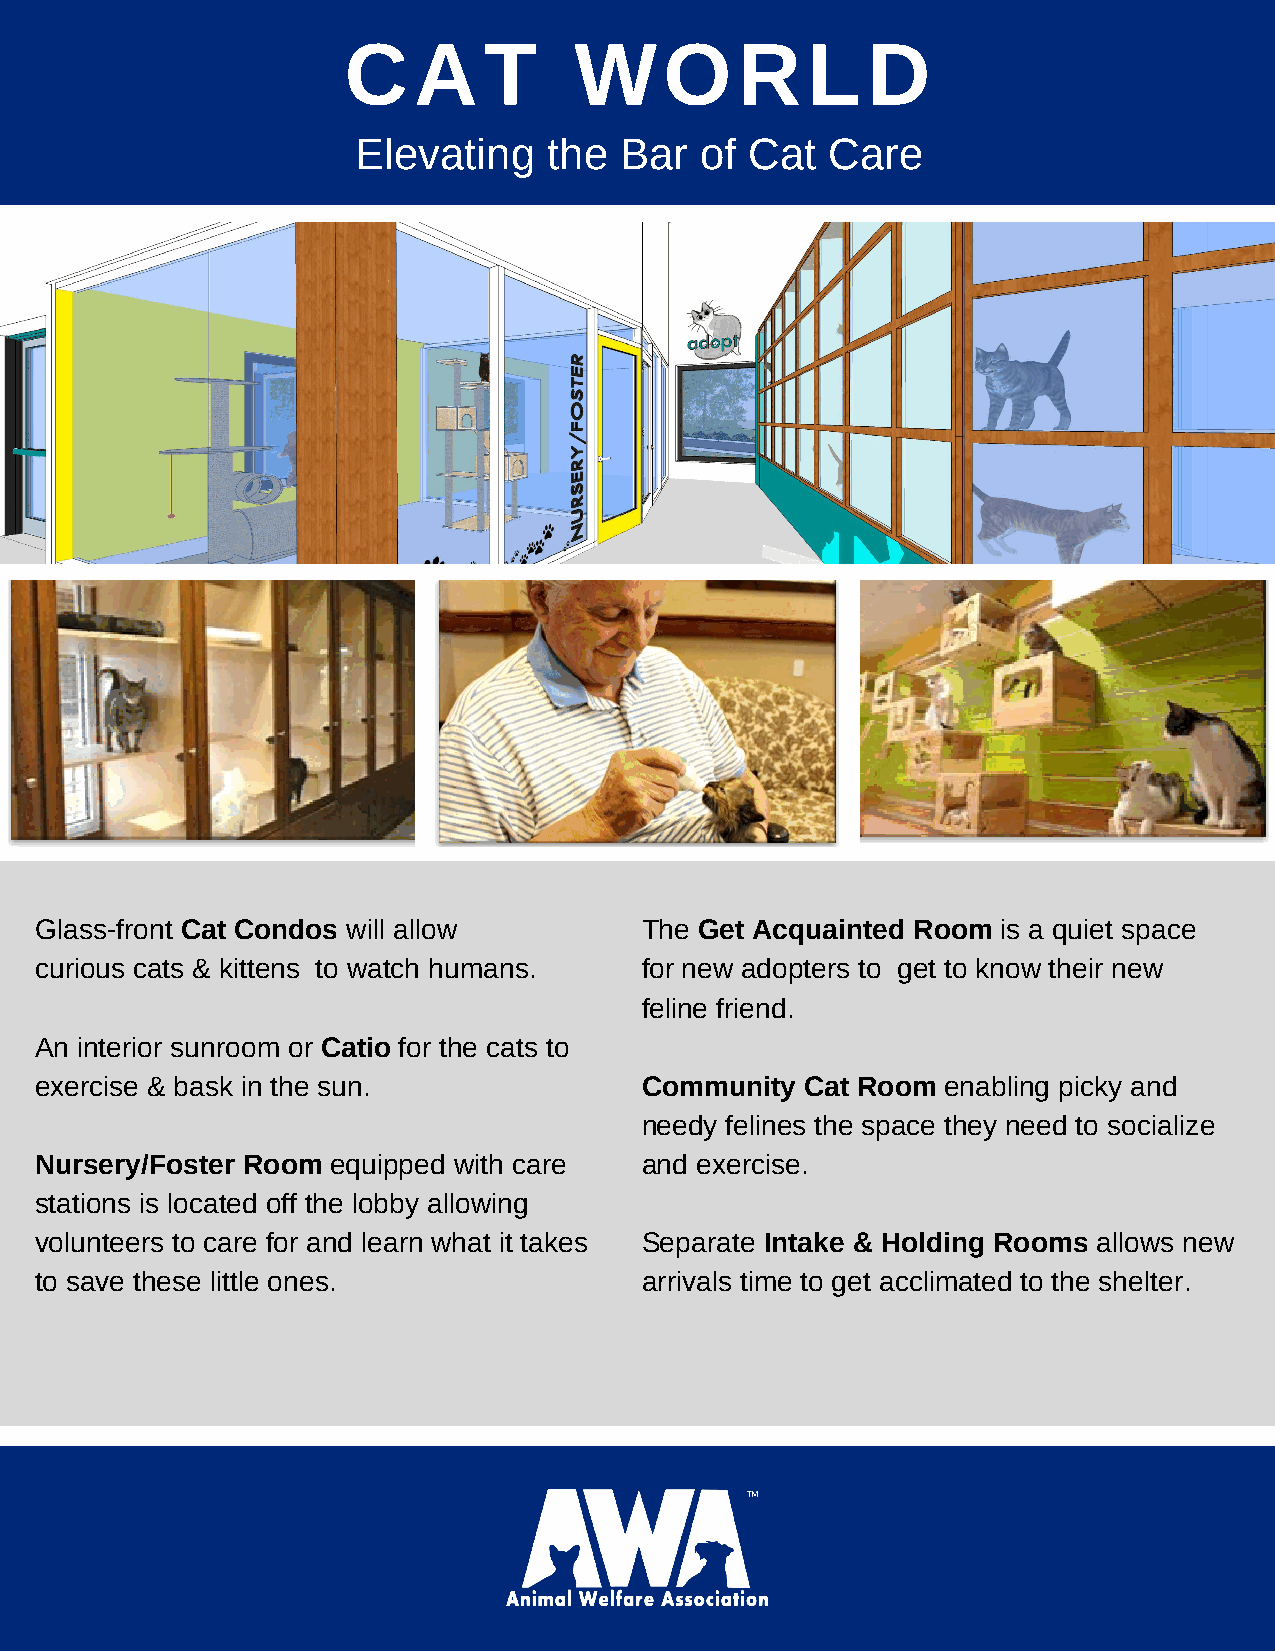
C   A    T     W     O    R   L   D
 Elevating   the  Bar  of  Cat  Care
 Glass-front Cat Condos will allow       The Get Acquainted Room is a quiet space
 curious cats & kittens to watch humans. for new adopters to get to know their new
 feline friend.
 An interior sunroom or Catio for the cats to
 exercise & bask in the sun.             Community  Cat Room  enabling picky and
 needy felines the space they need to socialize
 Nursery/Foster Room equipped with care  and exercise.
 stations is located off the lobby allowing
 volunteers to care for and learn what it takes Separate Intake & Holding Rooms allows new
 to save these little ones.              arrivals time to get acclimated to the shelter.